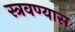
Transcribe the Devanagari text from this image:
स्त्रवण्यास